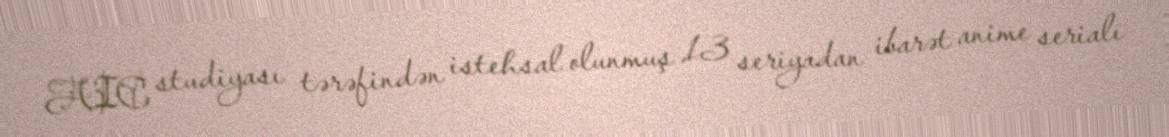
AIC studiyası tərəfindən istehsal olunmuş 13 seriyadan ibarət anime serialı